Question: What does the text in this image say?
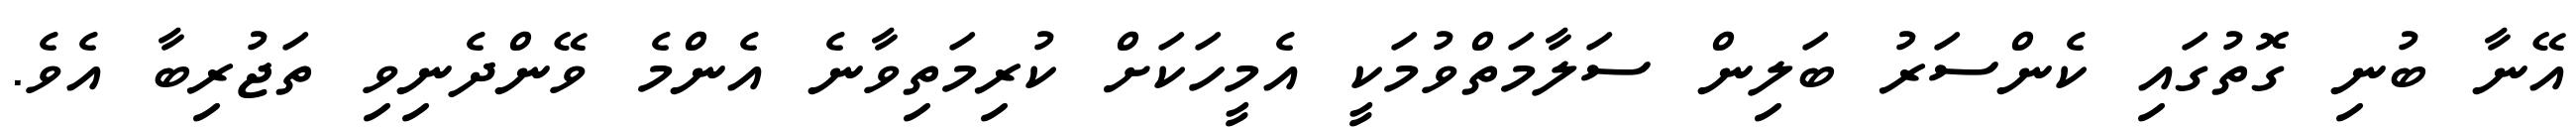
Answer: އޭނާ ބުނި ގޮތުގައި ކެންސަރު ބަލިން ސަލާމަތްވުމަކީ އެމީހަކަށް ކުރިމަތިވާނެ އެންމެ ވޭންދެނިވި ތަޖުރިބާ އެވެ.